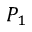
P _ { 1 }